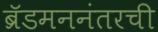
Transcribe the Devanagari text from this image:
ब्रॅडमननंतरची